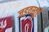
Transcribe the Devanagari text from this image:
जड़वस्तुएँ